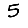
Digit: 5